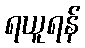
ရယူရန်